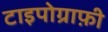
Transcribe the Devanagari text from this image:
टाइपोग्राफ़ी